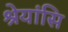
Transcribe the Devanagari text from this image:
श्रेयांसि